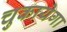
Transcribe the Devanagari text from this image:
चुकायेगा